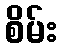
စိမ်း